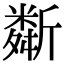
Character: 斴